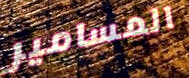
المسامير